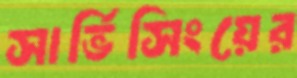
সার্ভিসিংয়ের